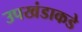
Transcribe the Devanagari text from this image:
उपखंडाकडे